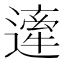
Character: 𨖱